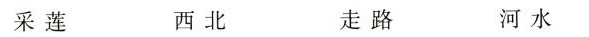
采莲 西北 走路 河水